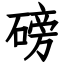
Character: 磅